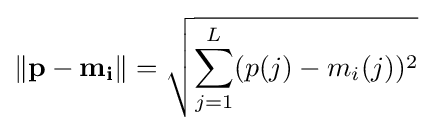
\left\Vert \mathbf {p-m_{i}} \right\|={\sqrt {\sum _{j=1}^{L}(p(j)-m_{i}(j))^{2}}}